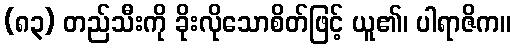
(၈၃) တည်သီးကို ခိုးလိုသောစိတ်ဖြင့် ယူ၏၊ ပါရာဇိက။